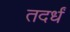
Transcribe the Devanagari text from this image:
तदर्धं